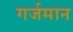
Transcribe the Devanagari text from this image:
गर्जमान